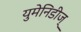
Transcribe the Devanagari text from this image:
युमेनिडीज्‌